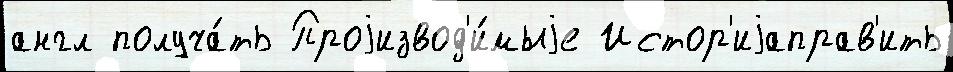
англ получа́ть Проjизвод'и́мыjе Истор'иjаправ'ить